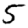
Digit: 5